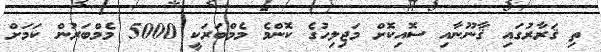
ތި ޤަރާރުގައި ޤާނޫނާއި ސޮއިކޮށް މަޖިލިހުގެ ކޮންމެ މެމްބަރަކީ 5000 މެމްބަރުން ކަމަށް